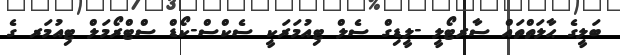
ބަލީގެ ޙާލަތްތައް ސާރޓޯލީ -ލީޑިގް ސެލް ޓިއުމަރަކީ ސެކްސް-ކޯޑް ސްޓްރޯމަލް ޓިއުމަރ ގެ